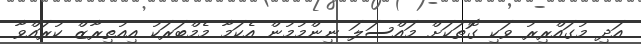
އަދި މުގައްރިރު ވަކި ގޮތަކަށް މައްސަލަ ނިންމުމުން އެކަމާ މެމްބަރަކު އިއުތިރާޒް ކުރައްވާ